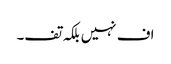
اف نہیں بلکہ تف۔